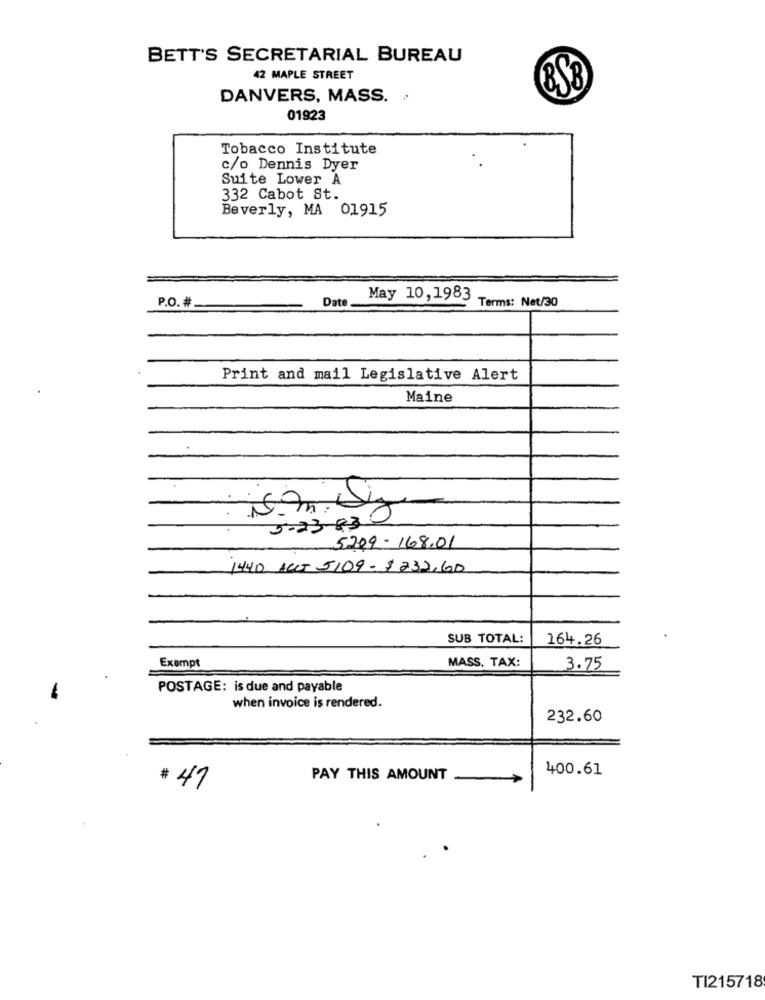
BETT'S SECRETARIAL BUREAU
42 MAPLE STREET
8SB
DANVERS, MASS. .
01923
Tobacco Institute
c/o Dennis Dyer
Suite Lower A
332 Cabot St.
Beverly, MA 01915
P.O. #
Date.
May 10, 1983
Terms: Net/30
Print and mail Legislative Alert
Maine
is. m. dy
3.23 830
5209 -168.01
1440 ACCT 5109 -$232,60
SUB TOTAL:
164.26
MASS. TAX:
Exempt
3.75
POSTAGE: is due and payable
when invoice is rendered.
232.60
400.61
PAY THIS AMOUNT
-
# 41
TI215718